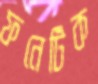
ফনেটিক